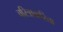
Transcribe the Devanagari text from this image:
चरित्राकरिता